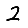
Digit: 2